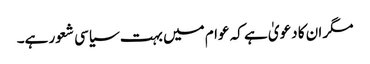
مگر ان کا دعویٰ ہے کہ عوام میں بہت سیاسی شعور ہے۔